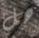
هل